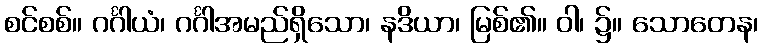
စင်စစ်။ ဂင်္ဂါယံ၊ ဂင်္ဂါအမည်ရှိသော၊ နဒိယာ၊ မြစ်၏။ ဝါ၊ ၌။ သောတေန၊